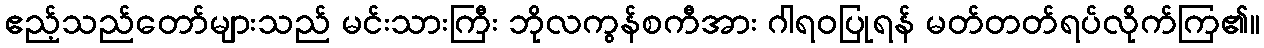
ဧည့်သည်တော်များသည် မင်းသားကြီး ဘိုလကွန်စကီအား ဂါရဝပြုရန် မတ်တတ်ရပ်လိုက်ကြ၏။